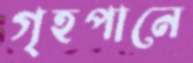
গৃহপানে